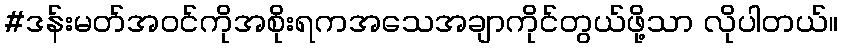
#ဒန်းမတ်အဝင်ကိုအစိုးရကအသေအချာကိုင်တွယ်ဖို့သာ လိုပါတယ်။